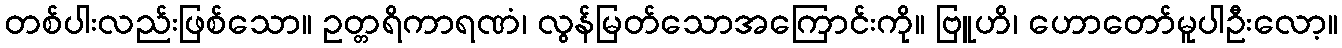
တစ်ပါးလည်းဖြစ်သော။ ဥတ္တရိကာရဏံ၊ လွန်မြတ်သောအကြောင်းကို။ ဗြူဟိ၊ ဟောတော်မူပါဦးလော့။